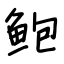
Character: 鲍